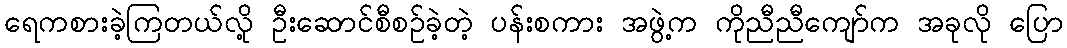
ရေကစားခဲ့ကြတယ်လို့ ဦးဆောင်စီစဉ်ခဲ့တဲ့ ပန်းစကား အဖွဲ့က ကိုညီညီကျော်က အခုလို ပြော